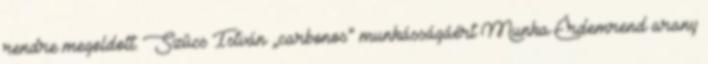
rendre megoldott. Szûcs István „carbonos” munkásságáért Munka Érdemrend arany